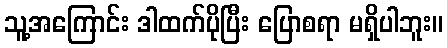
သူ့အကြောင်း ဒါထက်ပိုပြီး ပြောစရာ မရှိပါဘူး။